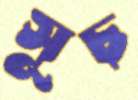
সূচ